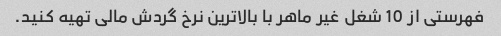
فهرستی از 10 شغل غیر ماهر با بالاترین نرخ گردش مالی تهیه کنید.